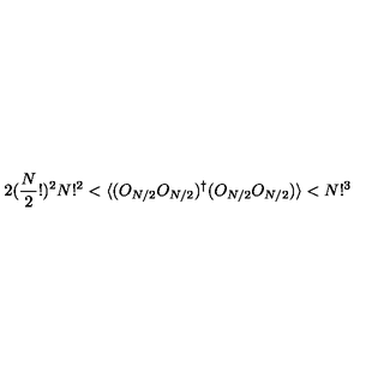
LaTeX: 2 ( \frac { N } { 2 } ! ) ^ { 2 } N ! ^ { 2 } < \langle ( O _ { N / 2 } O _ { N / 2 } ) ^ { \dagger } ( O _ { N / 2 } O _ { N / 2 } ) \rangle < N ! ^ { 3 }